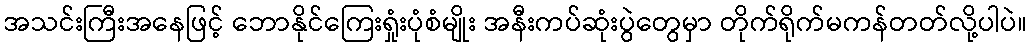
အသင်းကြီးအနေဖြင့် ဘောနိုင်ကြေးရှုံးပုံစံမျိုး အနီးကပ်ဆုံးပွဲတွေမှာ တိုက်ရိုက်မကန်တတ်လို့ပါပဲ။